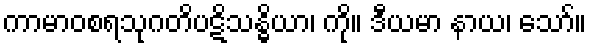
ကာမာဝစရသုဂတိပဋိသန္ဓိယာ၊ ကို။ ဒီယမာ နာယ၊ သော်။